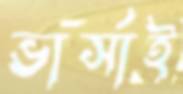
ভার্সাই